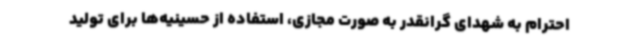
احترام به شهدای گرانقدر به صورت مجازی، استفاده از حسینیه‌ها برای تولید